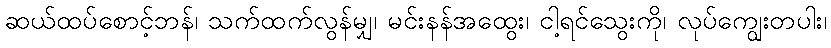
ဆယ်ထပ်စောင့်ဘန်၊ သက်ထက်လွန်မျှ၊ မင်းနန်အထွေး၊ ငါ့ရင်သွေးကို၊ လုပ်ကျွေးတပါး၊